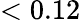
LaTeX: <0.12